Reports on military cantonments and civil stations in the Presidency of Bombay inspected by the Sanitary Commissioner in the years 1875 and 1876
Year: 1875
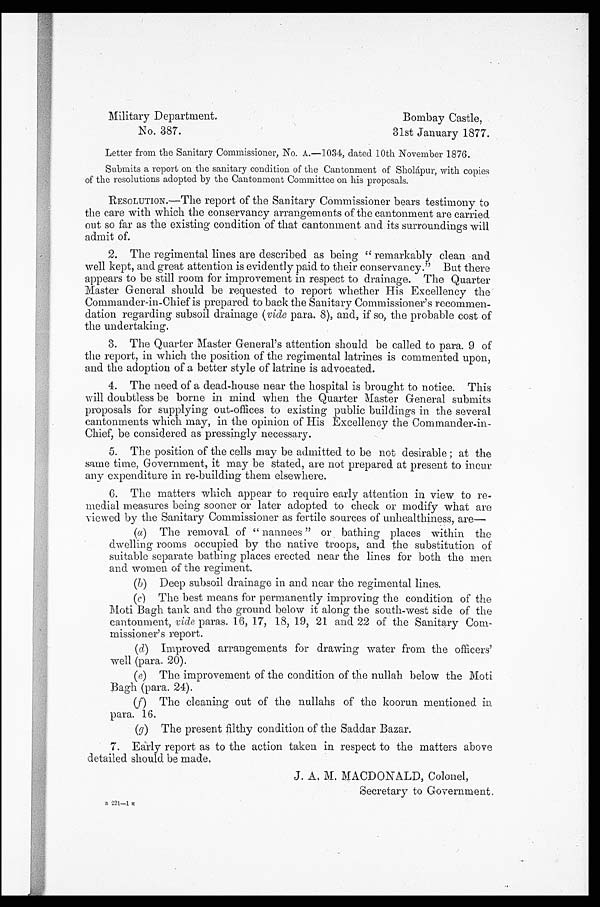
Military Department.
Bombay Castle,
No. 387.
31st January 1877.
Letter from the Sanitary Commissioner, No. A.—1034, dated 10th November 1876.
Submits a report on the sanitary condition of the Cantonment of Sholapur, with copies
of the resolutions adopted by the Cantonment Committee on his proposals.
RESOLUTION.—The report of the Sanitary Commissioner bears testimony to
the care with which the conservancy arrangements of the cantonment are carried
out so far as the existing condition of that cantonment and its surroundings will
admit of.
2. The regimental lines are described as being "remarkably clean and
well kept, and great attention is evidently paid to their conservancy. But there
appears to be still room for improvement in respect to drainage. The Quarter
Master General should be requested to report whether His Excellency the
Commander-in-Chief is prepared to back the Sanitary Commissioner's recommen-
dation regarding subsoil drainage (vide para. 8), and, if so, the probable cost of
the undertaking.
3. The Quarter Master General's attention should be called to para. 9 of
the report, in which the position of the regimental latrines is commented upon,
and the adoption of a better style of latrine is advocated.
4. The need of a dead-house near the hospital is brought to notice. This
will doubtless be borne in mind when the Quarter Master General submits
proposals for supplying out-offices to existing public buildings in the several
cantonments which may, in the opinion of His Excellency the Commander-in-
Chief, be considered as pressingly necessary.
5. The position of the cells may be admitted to be not desirable; at the
same time, Government, it may be stated, are not prepared at present to incur
any expenditure in re-building them elsewhere.
6. The matters which appear to require early attention in view to re-
medial measures being sooner or later adopted to check or modify what are
viewed by the Sanitary Commissioner as fertile sources of unhealthiness, are
—
(a) The removal. of "nannees" or bathing places within the
dwelling rooms occupied by the native troops, and the substitution of
suitable separate bathing places erected near the lines for both the men
and women of the regiment.
(b) Deep subsoil drainage in and near the regimental lines.
(c) The best means for permanently improving the condition of the
Moti Bagh tank and the ground below it along the south-west side of the
cantonment, vide paras. 16, 17, 18, 19, 21 and 22 of the Sanitary Com-
missioner's report.
(d) Improved arrangements for drawing water from the officers'
well (para. 20).
(e) The improvement of the condition of the nullah below the Moti
Bagh (para. 24).
(f) The cleaning out of the nullahs of the koorun mentioned in
para. 16.
(g) The present filthy condition of the Saddar Bazar.
7. Early report as to the action taken in respect to the matters above
detailed should be made.
J . A. M. MACDONALD, Colonel,
Secretary to Government.
B 2 2 1 - 1 E